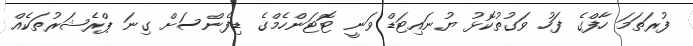
ފުރަތަމަ ހާފްގެ ފަހު ވަގުތުކޮޅު ޔުނައިޓަޑް ވަނީ ޓޮޓަންހެމްގެ ޑިފެންސަށް ގިނަ ޕްރެޝަރުތަކެއް